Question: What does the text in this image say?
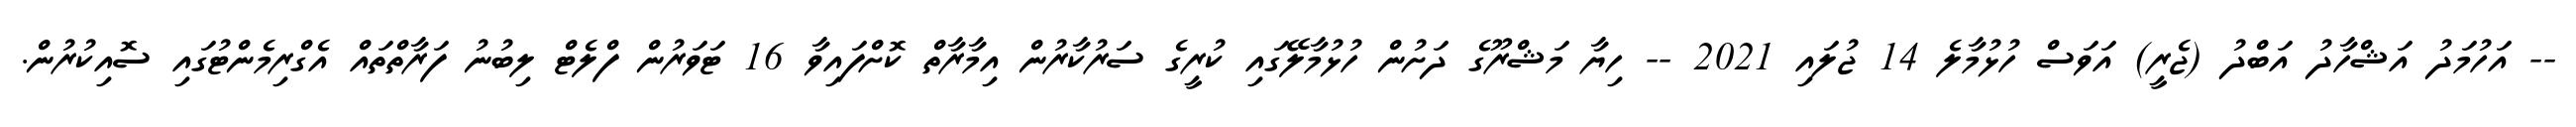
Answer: -- އަހުމަދު އަޝްހާދު އަބްދު (ޖެރީ) އަވަސް ހުޅުމާލެ 14 ޖުލައި 2021 -- ހިޔާ މަޝްރޫގެ ދަށުން ހުޅުމާލޭގައި ކުރީގެ ސަރުކާރުން އިމާރާތް ކޮށްފައިވާ 16 ޓަވަރުން ފްލެޓް ލިބުނު ފަރާތްތައް އެގްރިމެންޓުގައި ސޮއިކުރުން.